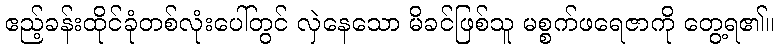
ဧည့်ခန်းထိုင်ခုံတစ်လုံးပေါ်တွင် လှဲနေသော မိခင်ဖြစ်သူ မစ္စက်ဖရေဇာကို တွေ့ရ၏။